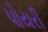
પોયરી